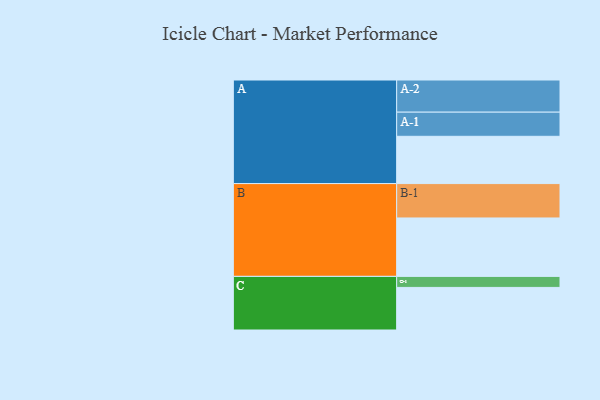
{"axis": {"x": "Segment", "y": "Value"}, "legend": ["", "A", "B", "C"], "data": [{"x": "A", "y": 403, "type": ""}, {"x": "B", "y": 498, "type": ""}, {"x": "C", "y": 363, "type": ""}, {"x": "A-1", "y": 206, "type": "A"}, {"x": "A-2", "y": 274, "type": "A"}, {"x": "B-1", "y": 293, "type": "B"}, {"x": "C-1", "y": 94, "type": "C"}]}